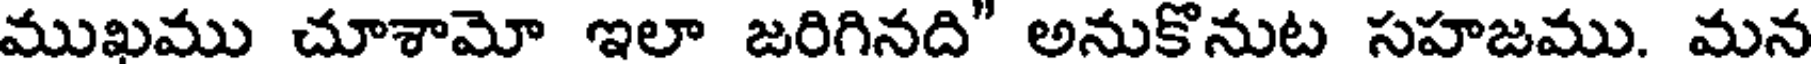
ముఖము చూశామో ఇలా జరిగినది" అనుకొనుట సహజము. మన